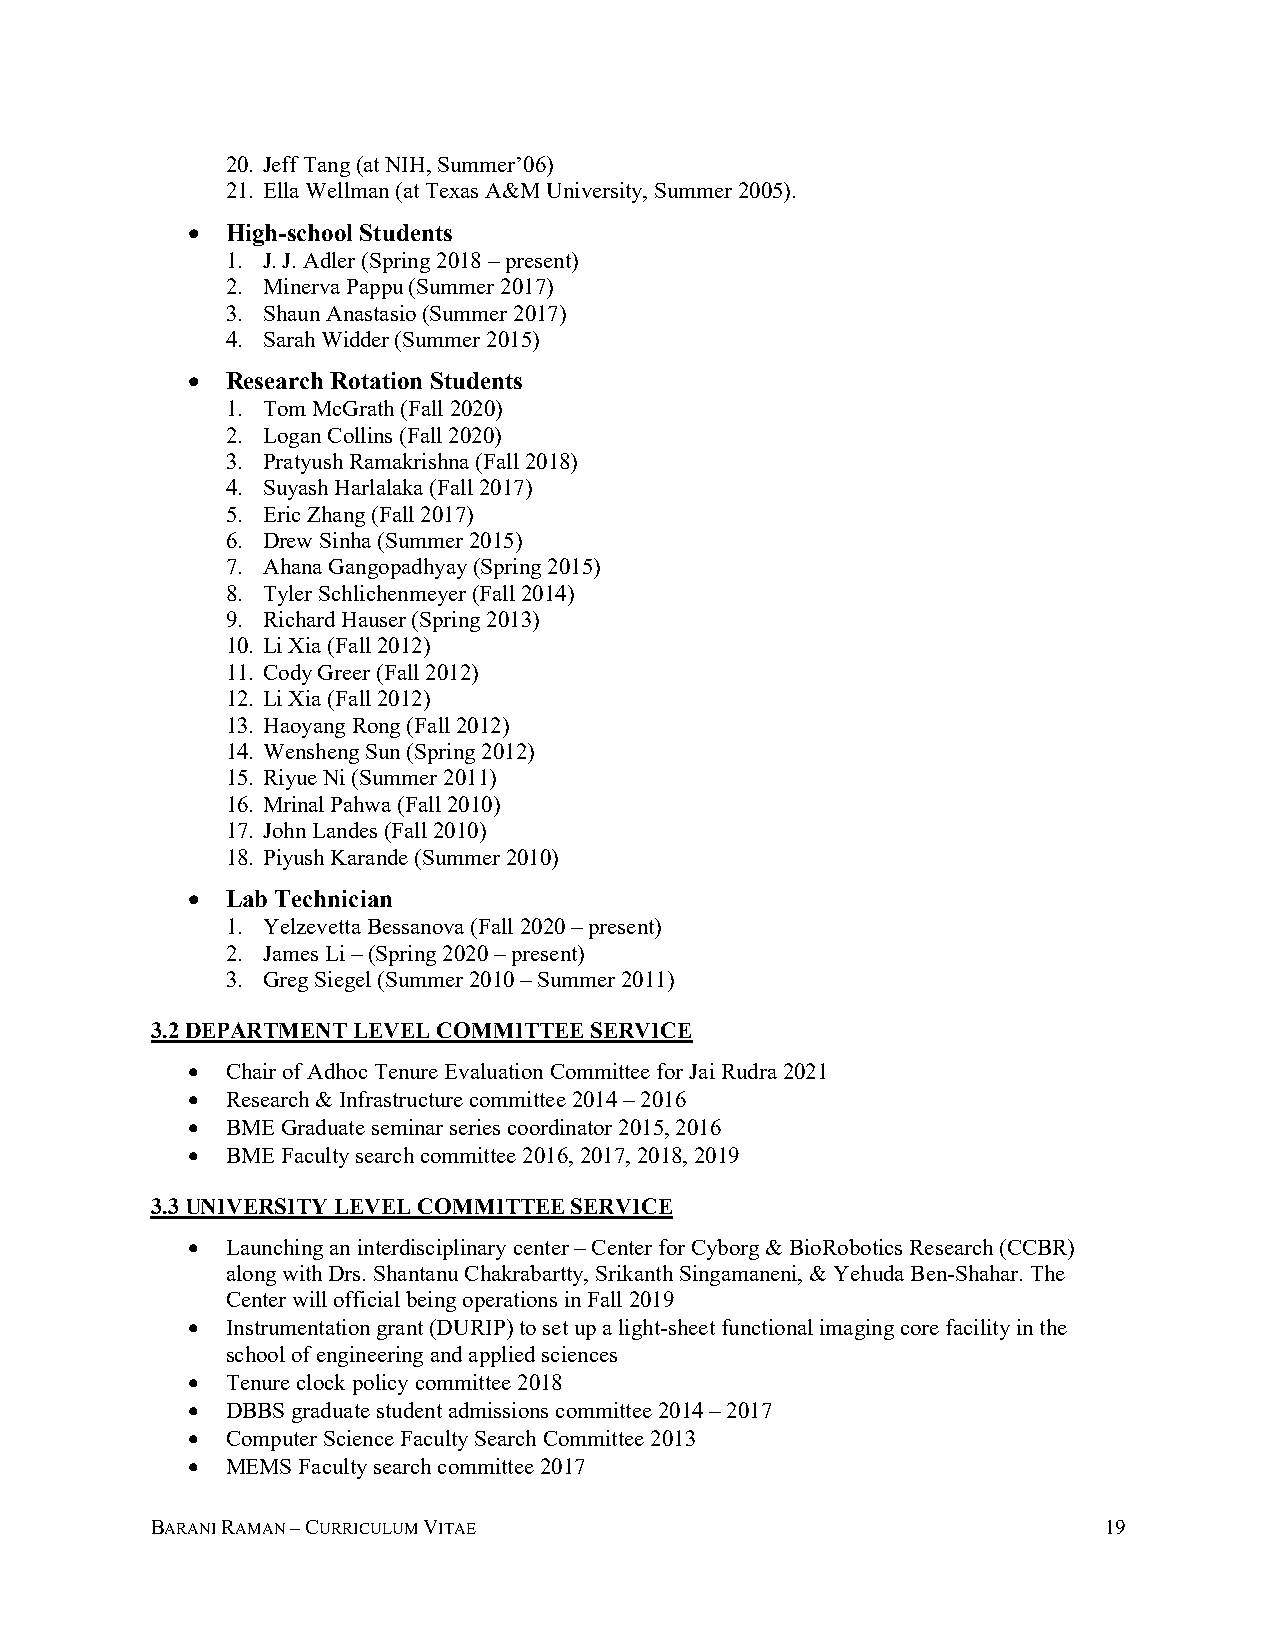
20. Jeff Tang (at NIH, Summer’06)
 21. Ella Wellman (at Texas A&M University, Summer 2005).
 •  High-school Students
 1. J. J. Adler (Spring 2018 – present)
 2. Minerva Pappu (Summer 2017)
 3. Shaun Anastasio (Summer 2017)
 4. Sarah Widder (Summer 2015)
 •  Research Rotation Students
 1. Tom McGrath (Fall 2020)
 2. Logan Collins (Fall 2020)
 3. Pratyush Ramakrishna (Fall 2018)
 4. Suyash Harlalaka (Fall 2017)
 5. Eric Zhang (Fall 2017)
 6. Drew Sinha (Summer 2015)
 7. Ahana Gangopadhyay (Spring 2015)
 8. Tyler Schlichenmeyer (Fall 2014)
 9. Richard Hauser (Spring 2013)
 10. Li Xia (Fall 2012)
 11. Cody Greer (Fall 2012)
 12. Li Xia (Fall 2012)
 13. Haoyang Rong (Fall 2012)
 14. Wensheng Sun (Spring 2012)
 15. Riyue Ni (Summer 2011)
 16. Mrinal Pahwa (Fall 2010)
 17. John Landes (Fall 2010)
 18. Piyush Karande (Summer 2010)
 •  Lab Technician
 1. Yelzevetta Bessanova (Fall 2020 – present)
 2. James Li – (Spring 2020 – present)
 3. Greg Siegel (Summer 2010 – Summer 2011)
 3.2 DEPARTMENT LEVEL COMMITTEE SERVICE
 •  Chair of Adhoc Tenure Evaluation Committee for Jai Rudra 2021
 •  Research & Infrastructure committee 2014 – 2016
 •  BME Graduate seminar series coordinator 2015, 2016
 •  BME Faculty search committee 2016, 2017, 2018, 2019
 3.3 UNIVERSITY LEVEL COMMITTEE SERVICE
 •  Launching an interdisciplinary center – Center for Cyborg & BioRobotics Research (CCBR)
 along with Drs. Shantanu Chakrabartty, Srikanth Singamaneni, & Yehuda Ben-Shahar. The
 Center will official being operations in Fall 2019
 •  Instrumentation grant (DURIP) to set up a light-sheet functional imaging core facility in the
 school of engineering and applied sciences
 •  Tenure clock policy committee 2018
 •  DBBS graduate student admissions committee 2014 – 2017
 •  Computer Science Faculty Search Committee 2013
 •  MEMS Faculty search committee 2017
 BARANI RAMAN – CURRICULUM VITAE                                19